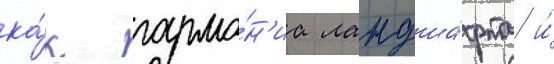
ка́к гармо́н'иа ландша́фта и́